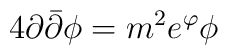
4\partial\bar\partial\phi=m^{2}e^{\varphi}\phi